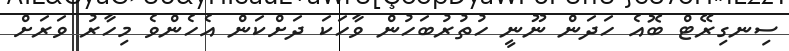
ސިނގިރޭޓް ބޮއެ ހަދަން ނޫނީ ހުތުރުބަހުން ވާހަކަ ދަށްކަން އެހެންވެ މިހާރު ވަރަށް